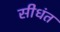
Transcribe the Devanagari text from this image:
सीधंत